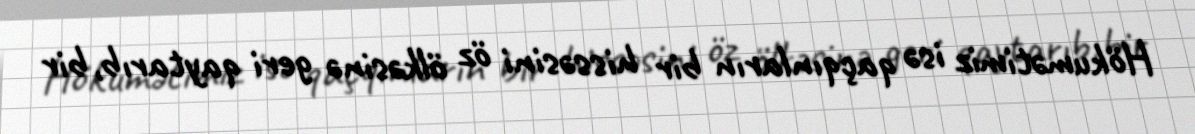
Hökumətimiz isə qaçqınların bir hissəsini öz ölkəsinə geri qaytarıb, bir